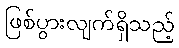
ဖြစ်ပွားလျက်ရှိသည့်